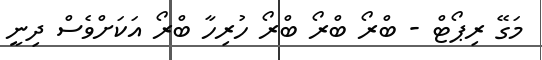
މަގޭ ރިޕޯޓް - ބްރޯ ބްރޯ ބްރޯ ހުރިހާ ބްރޯ އަކަށްވެސް ދިނީ